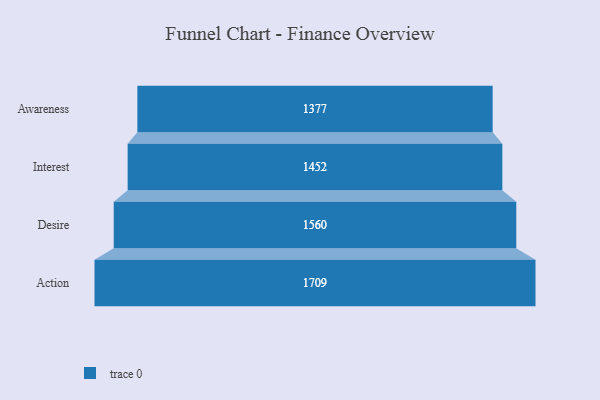
{"axis": {"x": "Stage", "y": "Value"}, "legend": [""], "data": [{"x": "Awareness", "y": 1377.0, "type": ""}, {"x": "Interest", "y": 1452.0, "type": ""}, {"x": "Desire", "y": 1560.0, "type": ""}, {"x": "Action", "y": 1709.0, "type": ""}]}